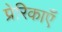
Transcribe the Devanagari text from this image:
प्रेरिकाएँ